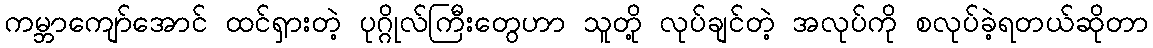
ကမ္ဘာကျော်အောင် ထင်ရှားတဲ့ ပုဂ္ဂိုလ်ကြီးတွေဟာ သူတို့ လုပ်ချင်တဲ့ အလုပ်ကို စလုပ်ခဲ့ရတယ်ဆိုတာ